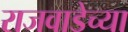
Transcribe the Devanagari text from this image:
राजवाडेच्या